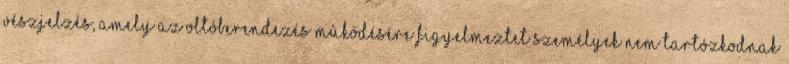
vészjelzés, amely az oltóberendezés mûködésére figyelmeztet személyek nem tartózkodnak